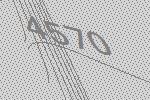
4570